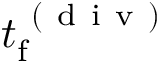
t _ { \mathrm { f } } ^ { \mathrm { ~ ( ~ d ~ i ~ v ~ ) ~ } }